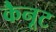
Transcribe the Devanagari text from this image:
कैनूट